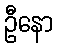
ဦနော